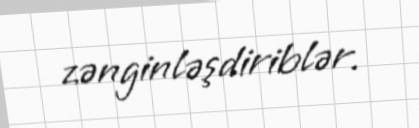
zənginləşdiriblər.